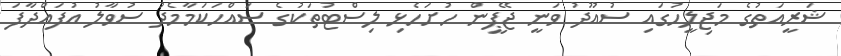
ޝަރީއަތުގެ މަޖިލީހުގައި ސުއޫދު ވަނީ ޖޭޕީން ހުށަހެޅި ލިސްޓުތަކުގެ ސައްހަކަމާމެދު ސުވާލު އުފައްދާފަ